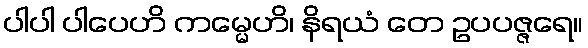
ပါပါ ပါပေဟိ ကမ္မေဟိ၊ နိရယံ တေ ဥပပဇ္ဇရေ။